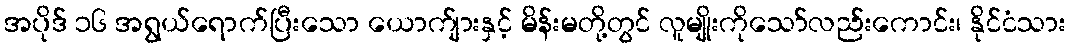
အပိုဒ် ၁၆ အရွယ်ရောက်ပြီးသော ယောက်ျားနှင့် မိန်းမတို့တွင် လူမျိုးကိုသော်လည်းကောင်း၊ နိုင်ငံသား